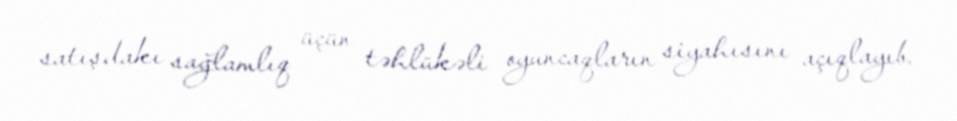
satışdakı sağlamlıq üçün təhlükəli oyuncaqların siyahısını açıqlayıb.